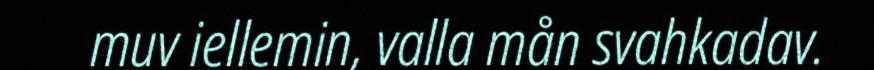
muv iellemin, valla mån svahkadav.